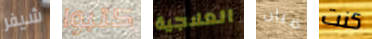
شيفر كتبوا العلاجية ضباب كنت